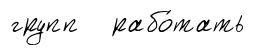
групп рабо́тать